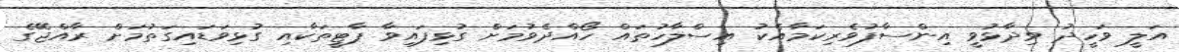
އަލީ ވަހީދު ވިދާޅުވީ އިންސާފުވެރިކަމާއެކު އިސްލާހުތައް ހޯއްދެވުމަށް ގުޅިފައިވާ ޕާޓީތަކާއި ގުޅިވަޑައިގަތުމަށް ރާއްޖޭގެ